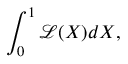
\int _ { 0 } ^ { 1 } \mathcal { L } ( X ) d X ,